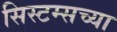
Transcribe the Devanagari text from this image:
सिस्टम्सच्या